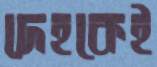
দেহকেই